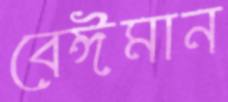
বেঈমান